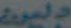
وليون